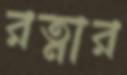
রত্নার